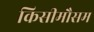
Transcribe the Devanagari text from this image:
किसीमौसम